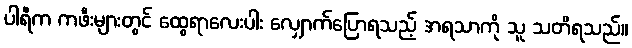
ပါရီက ကဖီးများတွင် ထွေရာလေးပါး လျှောက်ပြောရသည့် အရသာကို သူ သတိရသည်။